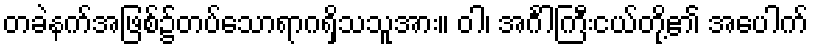
တခဲနက်အဖြစ်၌တပ်သောရာဂရှိသသူအား။ ဝါ၊ အင်္ဂါကြီးငယ်တို့၏ အပေါက်